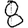
Digit: 8